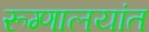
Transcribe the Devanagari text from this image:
रूग्णालयांत